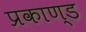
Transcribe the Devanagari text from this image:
प्रकाण्‍ड